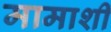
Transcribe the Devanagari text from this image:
मामाशी